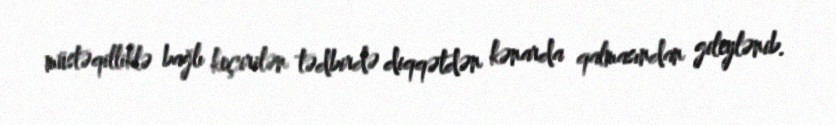
müstəqilliklə bağlı keçirilən tədbirdə diqqətdən kənarda qalmasından gileylənib.